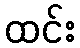
ထင်း